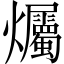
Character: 爥